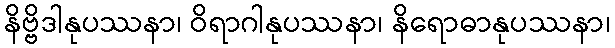
နိဗ္ဗိဒါနုပဿနာ၊ ဝိရာဂါနုပဿနာ၊ နိရောဓာနုပဿနာ၊